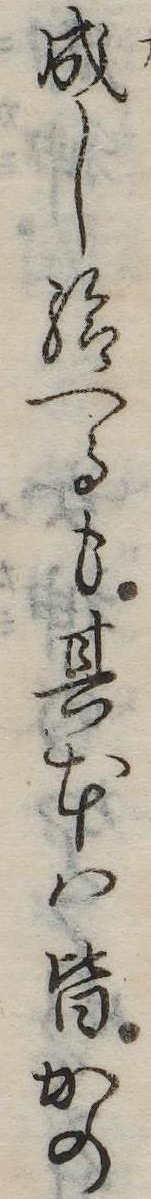
成し給へるも其本は皆かの